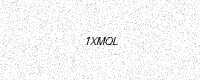
Text: 1XMQL